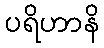
ပရိဟာနိ